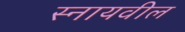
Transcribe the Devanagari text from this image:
स्नायवील